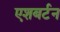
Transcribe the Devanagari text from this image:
एशबर्टन